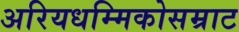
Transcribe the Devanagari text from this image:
अरियधम्मिकोसम्राट